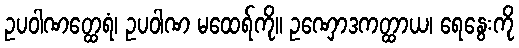
ဥပဝါဏတ္ထေရံ၊ ဥပဝါဏ မထေရ်ကို။ ဥဏှောဒကတ္ထာယ၊ ရေနွေးကို